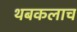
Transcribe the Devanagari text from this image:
थबकलाच